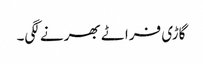
گاڑی فراٹے بھرنے لگی۔